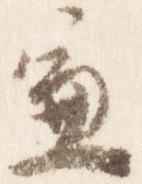
兼